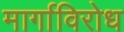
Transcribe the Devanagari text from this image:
मार्गाविरोध